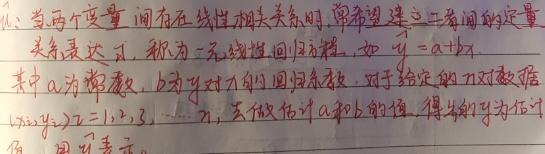
注：当两个变量间存在线性相关关系时，常希望建立二者间的定量关系表达式，称为一元线性回归方程，如 \(\hat{y}=a + bx\)。其中 \(a\) 为常数，\(b\) 为 \(y\) 对 \(x\) 的回归系数。对于给定的 \(n\) 对数据 \((x_i,y_i),i = 1,2,3,\cdots,n\)，去做估计 \(a\) 和 \(b\) 的值，得到的 \(\hat{y}\) 为估计值。